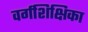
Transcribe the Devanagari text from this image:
वर्गशिक्षिका